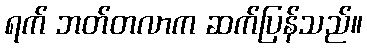
ရက် ဘတ်တလာက ဆက်ပြန်သည်။